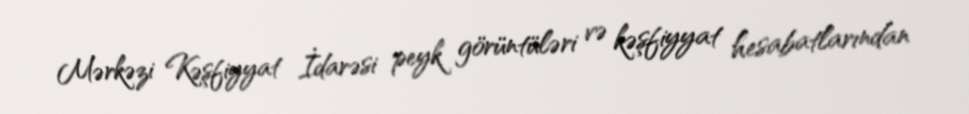
Mərkəzi Kəşfiyyat İdarəsi peyk görüntüləri və kəşfiyyat hesabatlarından